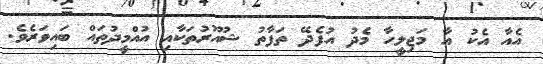
އެއާ އެކު އާ މަޖިލީހާ މެދު އުފެދޭ ތަފާތު ޝުއޫރުތަކާއި އުއްމީދުތައް ބައިވަރެވެ.